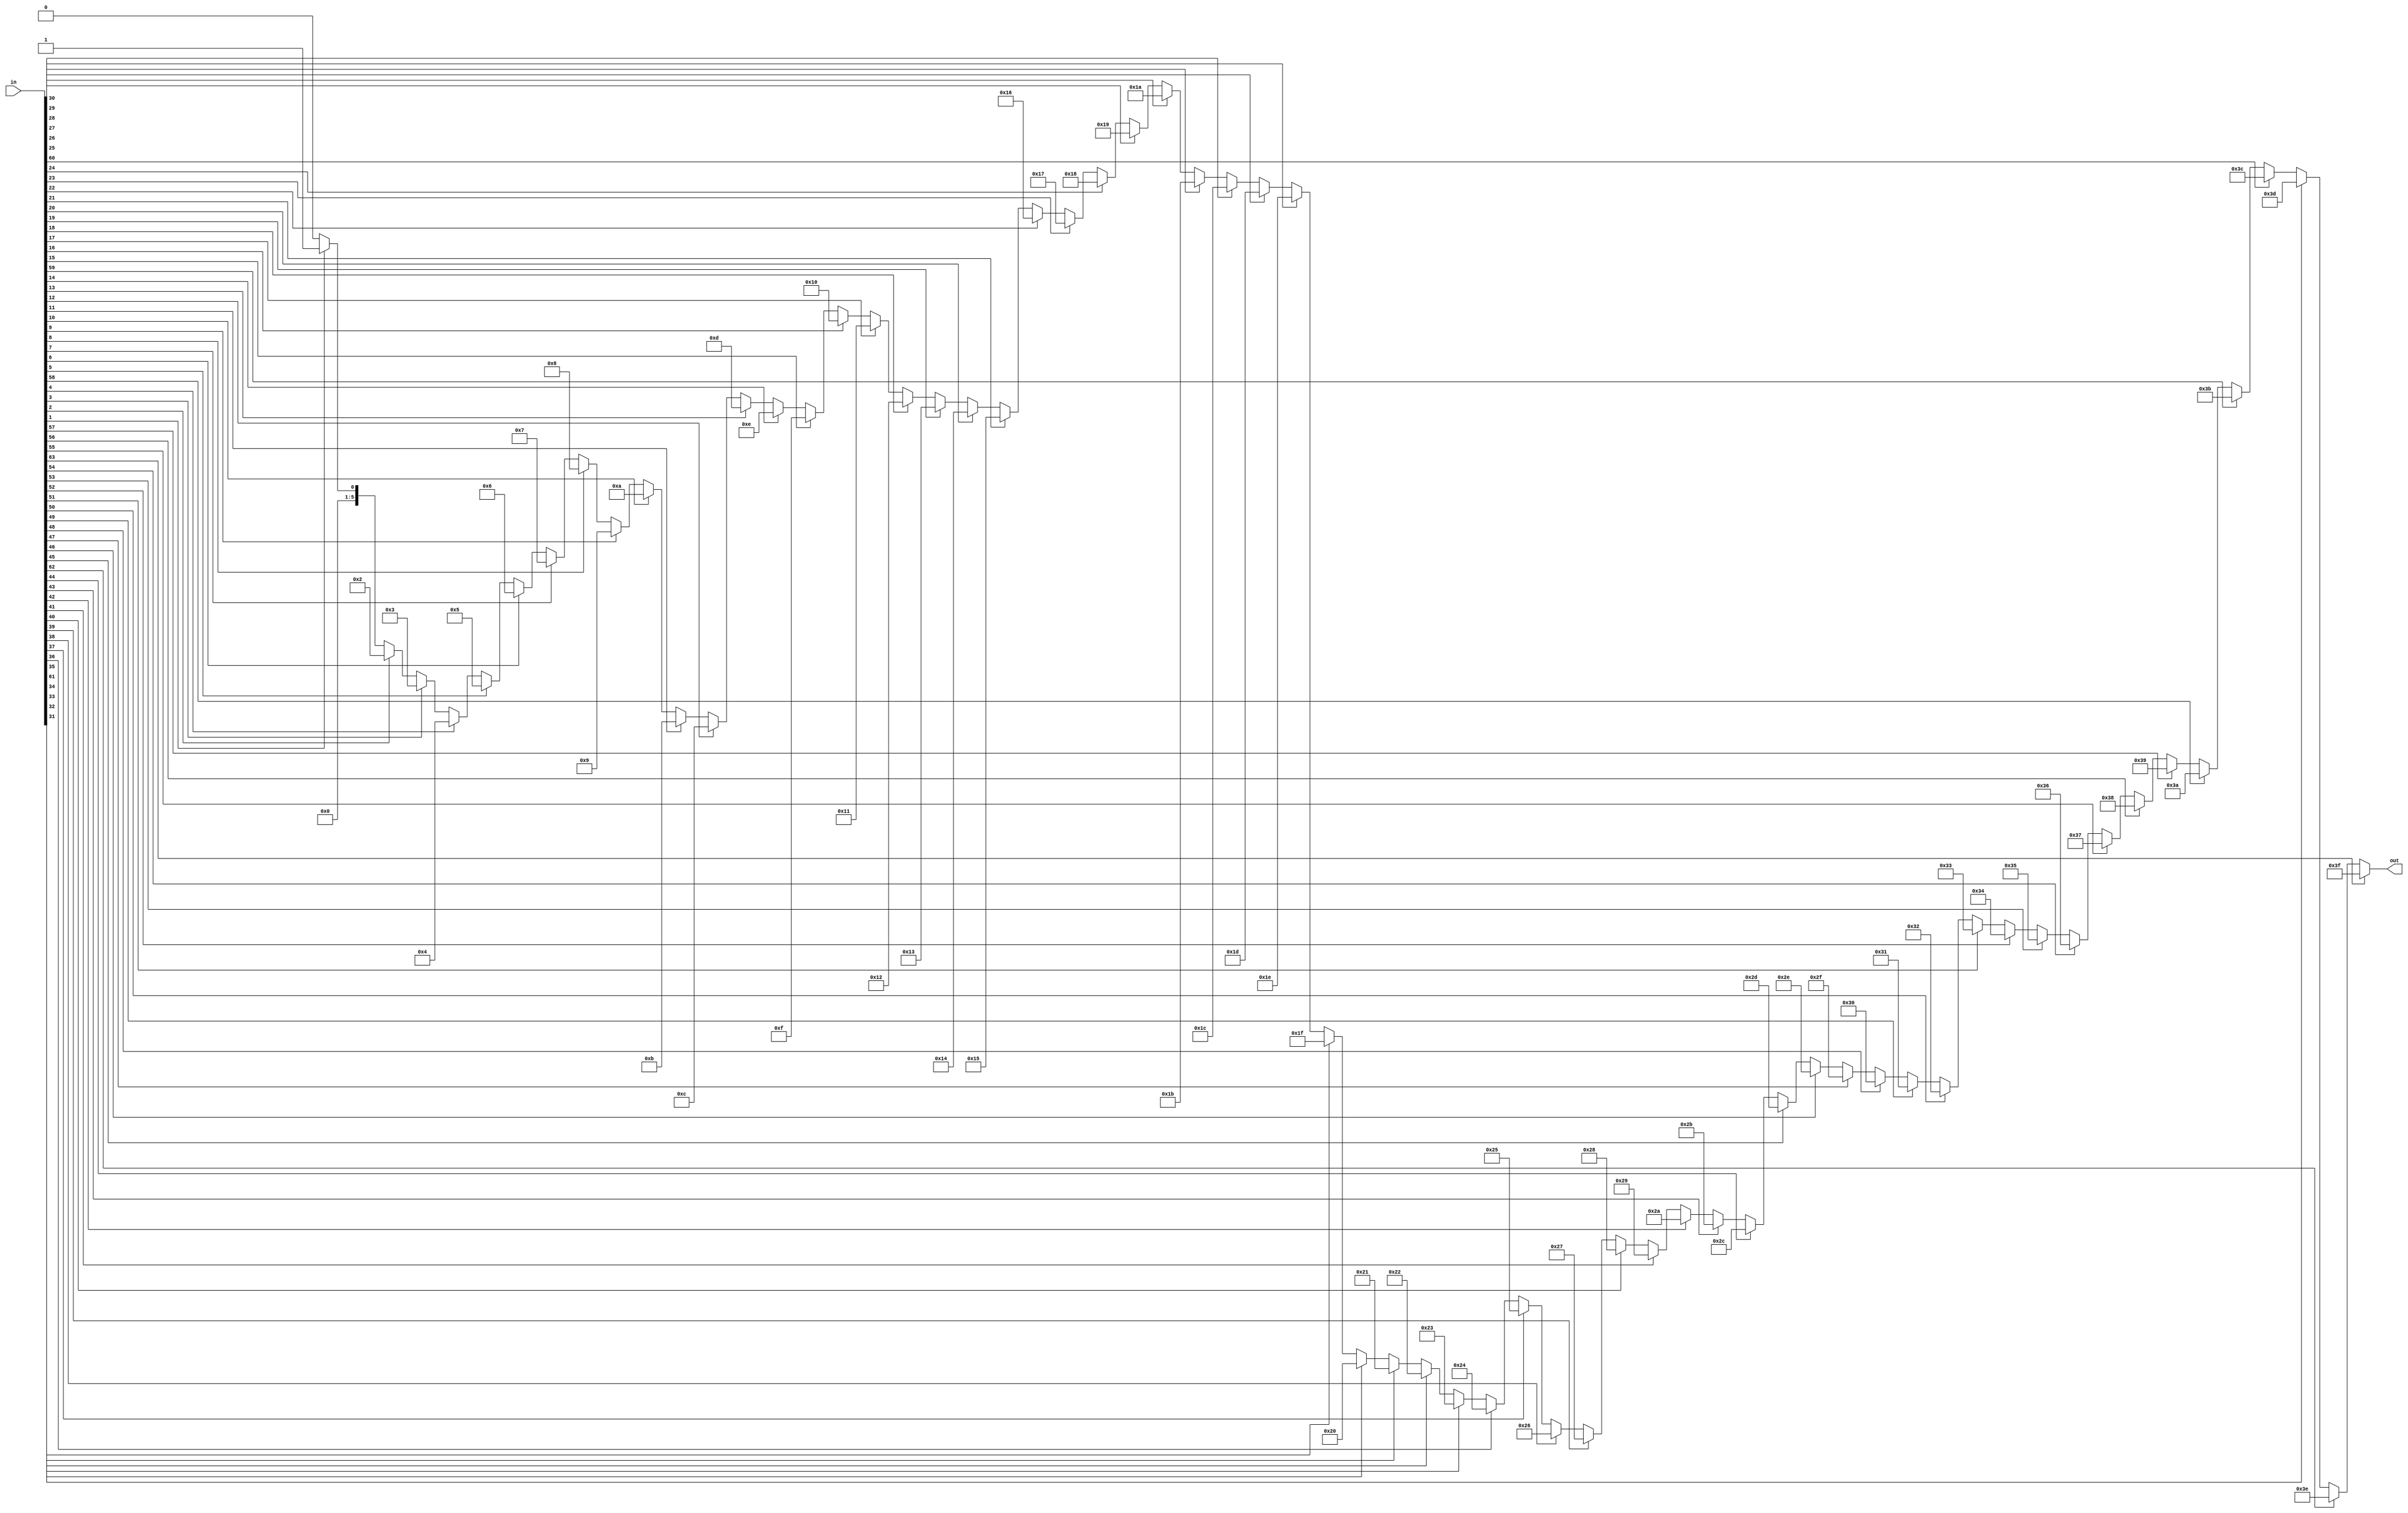
// Modified by Princeton University on June 9th, 2015
// ========== Copyright Header Begin ==========================================
// 
// OpenSPARC T1 Processor File: sparc_tlu_penc64.v
// Copyright (c) 2006 Sun Microsystems, Inc.  All Rights Reserved.
// DO NOT ALTER OR REMOVE COPYRIGHT NOTICES.
// 
// The above named program is free software; you can redistribute it and/or
// modify it under the terms of the GNU General Public
// License version 2 as published by the Free Software Foundation.
// 
// The above named program is distributed in the hope that it will be 
// useful, but WITHOUT ANY WARRANTY; without even the implied warranty of
// MERCHANTABILITY or FITNESS FOR A PARTICULAR PURPOSE.  See the GNU
// General Public License for more details.
// 
// You should have received a copy of the GNU General Public
// License along with this work; if not, write to the Free Software
// Foundation, Inc., 51 Franklin St, Fifth Floor, Boston, MA 02110-1301, USA.
// 
// ========== Copyright Header End ============================================
////////////////////////////////////////////////////////////////////////
/*
//  Module Name: sparc_tlu_penc64
//  Description:    
//    64 -> 6 priority encoder
//    Bit 63 has the highest priority
//
*/

module sparc_tlu_penc64 (/*AUTOARG*/
   // Outputs
   out, 
   // Inputs
   in
   );

   input [63:0] in;

   output [5:0] out;


   reg [5:0] 	out;
//   integer 	i;
   
always @ (in)
begin
//
// code modified for verplex to avoid inferred latches
//	     if (in == 64'b0) // don't want a latch
	out = 6'b0;
//	else 
//	for (i=0;i<64;i=i+1)
//	    begin

	       if (in[0])
		   out[5:0] = 6'd0;
    

	       if (in[1])
		   out[5:0] = 6'd1;
    

	       if (in[2])
		   out[5:0] = 6'd2;
    

	       if (in[3])
		   out[5:0] = 6'd3;
    

	       if (in[4])
		   out[5:0] = 6'd4;
    

	       if (in[5])
		   out[5:0] = 6'd5;
    

	       if (in[6])
		   out[5:0] = 6'd6;
    

	       if (in[7])
		   out[5:0] = 6'd7;
    

	       if (in[8])
		   out[5:0] = 6'd8;
    

	       if (in[9])
		   out[5:0] = 6'd9;
    

	       if (in[10])
		   out[5:0] = 6'd10;
    

	       if (in[11])
		   out[5:0] = 6'd11;
    

	       if (in[12])
		   out[5:0] = 6'd12;
    

	       if (in[13])
		   out[5:0] = 6'd13;
    

	       if (in[14])
		   out[5:0] = 6'd14;
    

	       if (in[15])
		   out[5:0] = 6'd15;
    

	       if (in[16])
		   out[5:0] = 6'd16;
    

	       if (in[17])
		   out[5:0] = 6'd17;
    

	       if (in[18])
		   out[5:0] = 6'd18;
    

	       if (in[19])
		   out[5:0] = 6'd19;
    

	       if (in[20])
		   out[5:0] = 6'd20;
    

	       if (in[21])
		   out[5:0] = 6'd21;
    

	       if (in[22])
		   out[5:0] = 6'd22;
    

	       if (in[23])
		   out[5:0] = 6'd23;
    

	       if (in[24])
		   out[5:0] = 6'd24;
    

	       if (in[25])
		   out[5:0] = 6'd25;
    

	       if (in[26])
		   out[5:0] = 6'd26;
    

	       if (in[27])
		   out[5:0] = 6'd27;
    

	       if (in[28])
		   out[5:0] = 6'd28;
    

	       if (in[29])
		   out[5:0] = 6'd29;
    

	       if (in[30])
		   out[5:0] = 6'd30;
    

	       if (in[31])
		   out[5:0] = 6'd31;
    

	       if (in[32])
		   out[5:0] = 6'd32;
    

	       if (in[33])
		   out[5:0] = 6'd33;
    

	       if (in[34])
		   out[5:0] = 6'd34;
    

	       if (in[35])
		   out[5:0] = 6'd35;
    

	       if (in[36])
		   out[5:0] = 6'd36;
    

	       if (in[37])
		   out[5:0] = 6'd37;
    

	       if (in[38])
		   out[5:0] = 6'd38;
    

	       if (in[39])
		   out[5:0] = 6'd39;
    

	       if (in[40])
		   out[5:0] = 6'd40;
    

	       if (in[41])
		   out[5:0] = 6'd41;
    

	       if (in[42])
		   out[5:0] = 6'd42;
    

	       if (in[43])
		   out[5:0] = 6'd43;
    

	       if (in[44])
		   out[5:0] = 6'd44;
    

	       if (in[45])
		   out[5:0] = 6'd45;
    

	       if (in[46])
		   out[5:0] = 6'd46;
    

	       if (in[47])
		   out[5:0] = 6'd47;
    

	       if (in[48])
		   out[5:0] = 6'd48;
    

	       if (in[49])
		   out[5:0] = 6'd49;
    

	       if (in[50])
		   out[5:0] = 6'd50;
    

	       if (in[51])
		   out[5:0] = 6'd51;
    

	       if (in[52])
		   out[5:0] = 6'd52;
    

	       if (in[53])
		   out[5:0] = 6'd53;
    

	       if (in[54])
		   out[5:0] = 6'd54;
    

	       if (in[55])
		   out[5:0] = 6'd55;
    

	       if (in[56])
		   out[5:0] = 6'd56;
    

	       if (in[57])
		   out[5:0] = 6'd57;
    

	       if (in[58])
		   out[5:0] = 6'd58;
    

	       if (in[59])
		   out[5:0] = 6'd59;
    

	       if (in[60])
		   out[5:0] = 6'd60;
    

	       if (in[61])
		   out[5:0] = 6'd61;
    

	       if (in[62])
		   out[5:0] = 6'd62;
    

	       if (in[63])
		   out[5:0] = 6'd63;
    

//	    end
end
   
endmodule // sparc_tlu_penc64